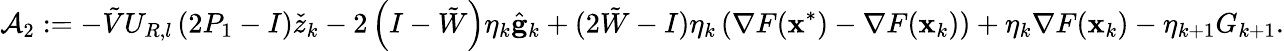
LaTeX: \mathcal{A}_{2}:=-\tilde{V}U_{R,l}\left(2P_{1}-I\right)\check{z}_{k}-2\left(I-\tilde{W}\right)\eta_{k}\hat{\mathbf{g}}_{k}+(2\tilde{W}-I)\eta_{k}\left(\nabla F(\mathbf{x}^{*})-\nabla F(\mathbf{x}_{k})\right)+\eta_{k}\nabla F(\mathbf{x}_{k})-\eta_{k+1}G_{k+1}.